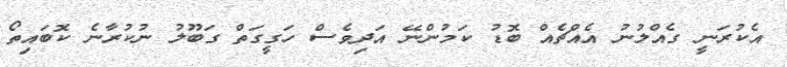
އެކުރަނީ ގެއްލުނު އެއްޗެއް ބޮޑު ކަމުންނޭ އަދިވެސް ހަގީގަތް ގަބޫލު ނުކުރާނެ ކޮބައިތޯ